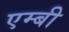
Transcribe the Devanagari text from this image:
एम्बी